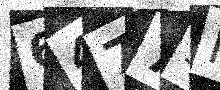
Text: 64775F